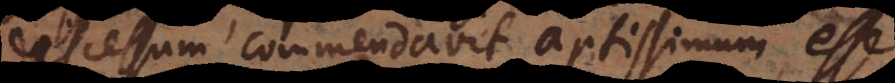
discessum commendavit aptissimum esse